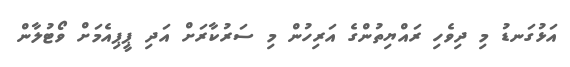
އަޅުގަނޑު މި ދިވެހި ރައްޔިތުންގެެ އަރިހުން މި ސަރުކާރަށް އަދި ޕީޕިއެމަށް ވޯޓުލާން